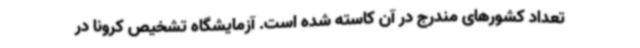
تعداد کشورهای مندرج در آن کاسته شده است. آزمایشگاه تشخیص کرونا در